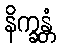
နိက္ခန္တံ